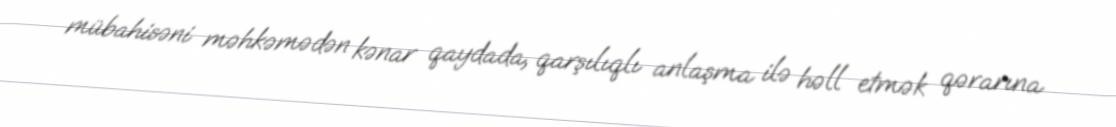
mübahisəni məhkəmədən kənar qaydada, qarşılıqlı anlaşma ilə həll etmək qərarına